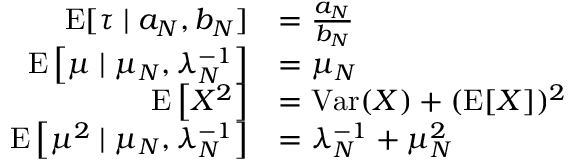
{ \begin{array} { r l } { \operatorname { E } [ \tau \mid a _ { N } , b _ { N } ] } & { = { \frac { a _ { N } } { b _ { N } } } } \\ { \operatorname { E } \left[ \mu \mid \mu _ { N } , \lambda _ { N } ^ { - 1 } \right] } & { = \mu _ { N } } \\ { \operatorname { E } \left[ X ^ { 2 } \right] } & { = \operatorname { V a r } ( X ) + ( \operatorname { E } [ X ] ) ^ { 2 } } \\ { \operatorname { E } \left[ \mu ^ { 2 } \mid \mu _ { N } , \lambda _ { N } ^ { - 1 } \right] } & { = \lambda _ { N } ^ { - 1 } + \mu _ { N } ^ { 2 } } \end{array} }